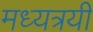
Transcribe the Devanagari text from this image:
मध्यत्रयी